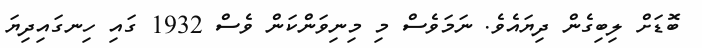
ބޮޑަށް ލިބިގެން ދިޔައެވެ. ނަމަވެސް މި މިނިވަންކަން ވެސް 1932 ގައި ހިނގައިދިޔަ